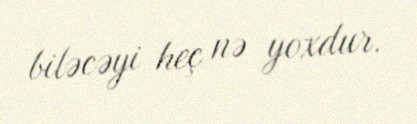
biləcəyi heç nə yoxdur.